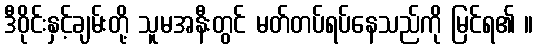
ဒီဝိုင်းနှင့်ချမ်းတို့ သူမအနီးတွင် မတ်တပ်ရပ်နေသည်ကို မြင်ရ၏ ။